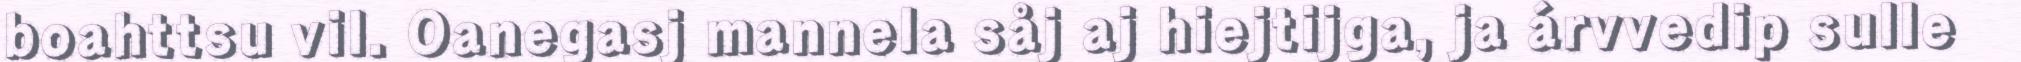
boahttsu vil. Oanegasj mannela såj aj hiejtijga, ja árvvedip sulle